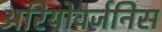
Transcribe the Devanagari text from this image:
अरियोवर्जनिस